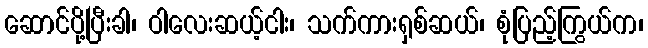
ဆောင်ပို့ပြီးခါ၊ ဝါလေးဆယ့်ငါး၊ သက်ကားရှစ်ဆယ်၊ စုံပြည့်ကြွယ်က၊